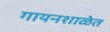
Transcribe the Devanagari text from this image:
गायनशाळेत